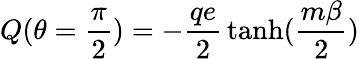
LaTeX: Q(\theta=\frac{\pi}{2})=-\frac{qe}{2}\, \operatorname{tanh}(\frac{m\beta}{2})